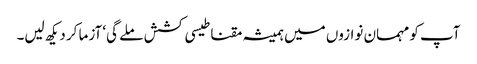
آپ کو مہمان نوازوں میں ہمیشہ مقناطیسی کشش ملے گی‘ آزما کر دیکھ لیں۔